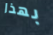
بهذا